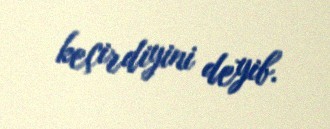
keçirdiyini deyib.